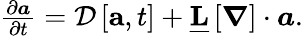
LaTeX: \begin{array}{r}{\frac{\partial\boldsymbol{a}}{\partial t}=\mathcal{D}\left[\mathbf{a},t\right]+\underline{{\mathbf{L}}}\left[\boldsymbol{\nabla}\right]\cdot\boldsymbol{a}.}\end{array}